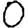
Digit: 0